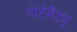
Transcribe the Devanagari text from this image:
पोर्टमैंट्यू